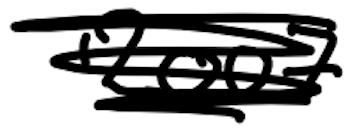
Text: 2007
Cross-out: scratch
Writing tool: digital_black